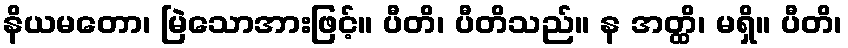
နိယမတော၊ မြဲသောအားဖြင့်။ ပီတိ၊ ပီတိသည်။ န အတ္ထိ၊ မရှိ။ ပီတိ၊